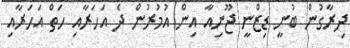
ދިރާގުން ބުނީ ޑިޒްނީ ޖޫނިއާ އިން އުމުރުން ދެ އަހަރާއި ހަތް އަހަރާއި